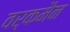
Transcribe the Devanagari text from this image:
वर्कमैन